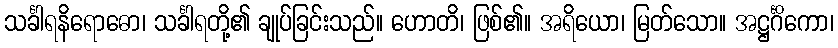
သင်္ခါရနိရောဓော၊ သင်္ခါရတို့၏ ချုပ်ခြင်းသည်။ ဟောတိ၊ ဖြစ်၏။ အရိယော၊ မြတ်သော။ အဋ္ဌင်္ဂိကော၊